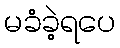
မခံခဲ့ရပေ